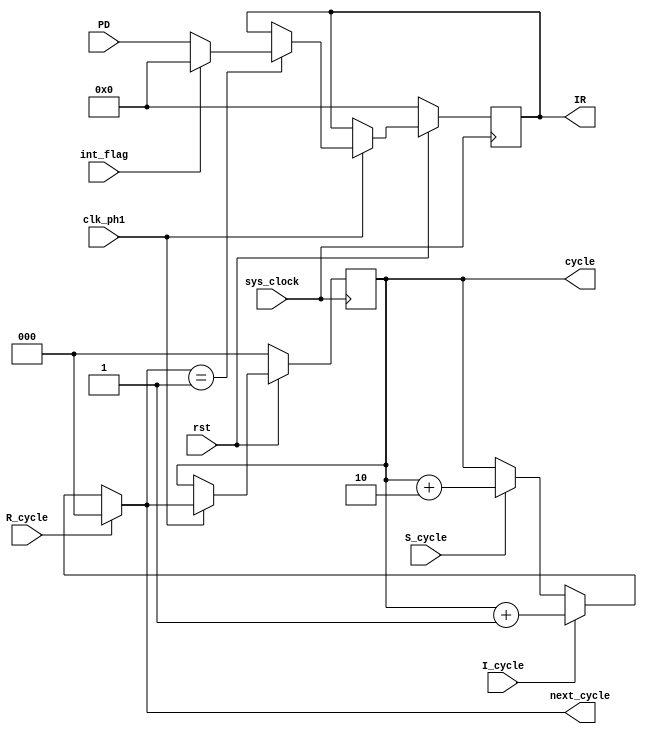
`timescale 1ns / 1ps
/***********************************************************************
* Instruction and cycle controller. Keeps track of the current and upcoming
* CPU cycles during execution of the current instruction. Also takes care
* of loading in new instructions at the appropriate time. Finally, it also
* inserts a BRK instruction when interrupts are detected, in order to start
* off the interrupt service routine.
*
* Written by Zach Irwin. Edited 4/30/2017.
*
************************************************************************/
module InstructionController(
	input sys_clock, rst,	         // Main system clock and reset
    input clk_ph1,			         // clock phase 1
    input [7:0] PD,			         // pre-decode register
    input I_cycle, R_cycle, S_cycle, // increment/reset/skip cycle counter lines
    input int_flag,                  // perform interrupt
    output reg [7:0] IR,             // instruction register
    output reg [2:0] cycle,          // current instruction cycle
    output [2:0] next_cycle          // next instruction cycle
    );
    
// Signal declarations:
wire [7:0] opcode;      // Opcode to put into instruction register
    
// Decide what the next cycle count should be:
assign next_cycle = (R_cycle == 1) ? 3'd0                                             // if reset_cycle, reset count to 0
                                   : (I_cycle == 1) ? cycle + 3'd1                    // else, if increment_cycle, increment count
                                                    : (S_cycle == 1) ? cycle + 3'd2   // else, if skip_cycle, increment count twice
                                                                     : cycle;         // else, don't change count
    
// Decide what gets loaded into the instruction register (change only on T1 cycle):
assign opcode = (next_cycle == 1) ? (int_flag ? 8'd0 : PD)  // on next T1, load new opcode or BRK (0) if doing an interrupt
                                  : IR;                     // if not T1 cycle, keep last opcode
    
// Latch new values on ph1:
always @(posedge sys_clock) begin

	if (rst == 0) begin
		cycle <= 0;				// Reset cycle counter to 0
		IR <= 0;				// Reset IR - starts out in BRK to start reset routine
	end
	else if (clk_ph1) begin
		cycle <= next_cycle;    // Latch cycle    
        IR <= opcode;           // Latch opcode
	end
    
end
    
endmodule